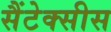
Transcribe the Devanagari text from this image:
सैंटेक्सीस